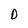
Character: D